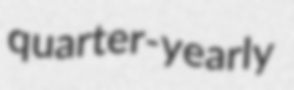
quarter-yearly